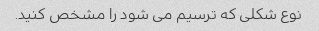
نوع شکلی که ترسیم می شود را مشخص کنید.